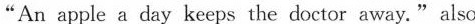
"An apple a day keeps the doctor away." also